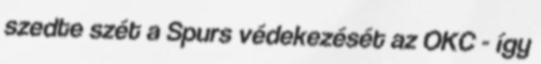
szedte szét a Spurs védekezését az OKC - így